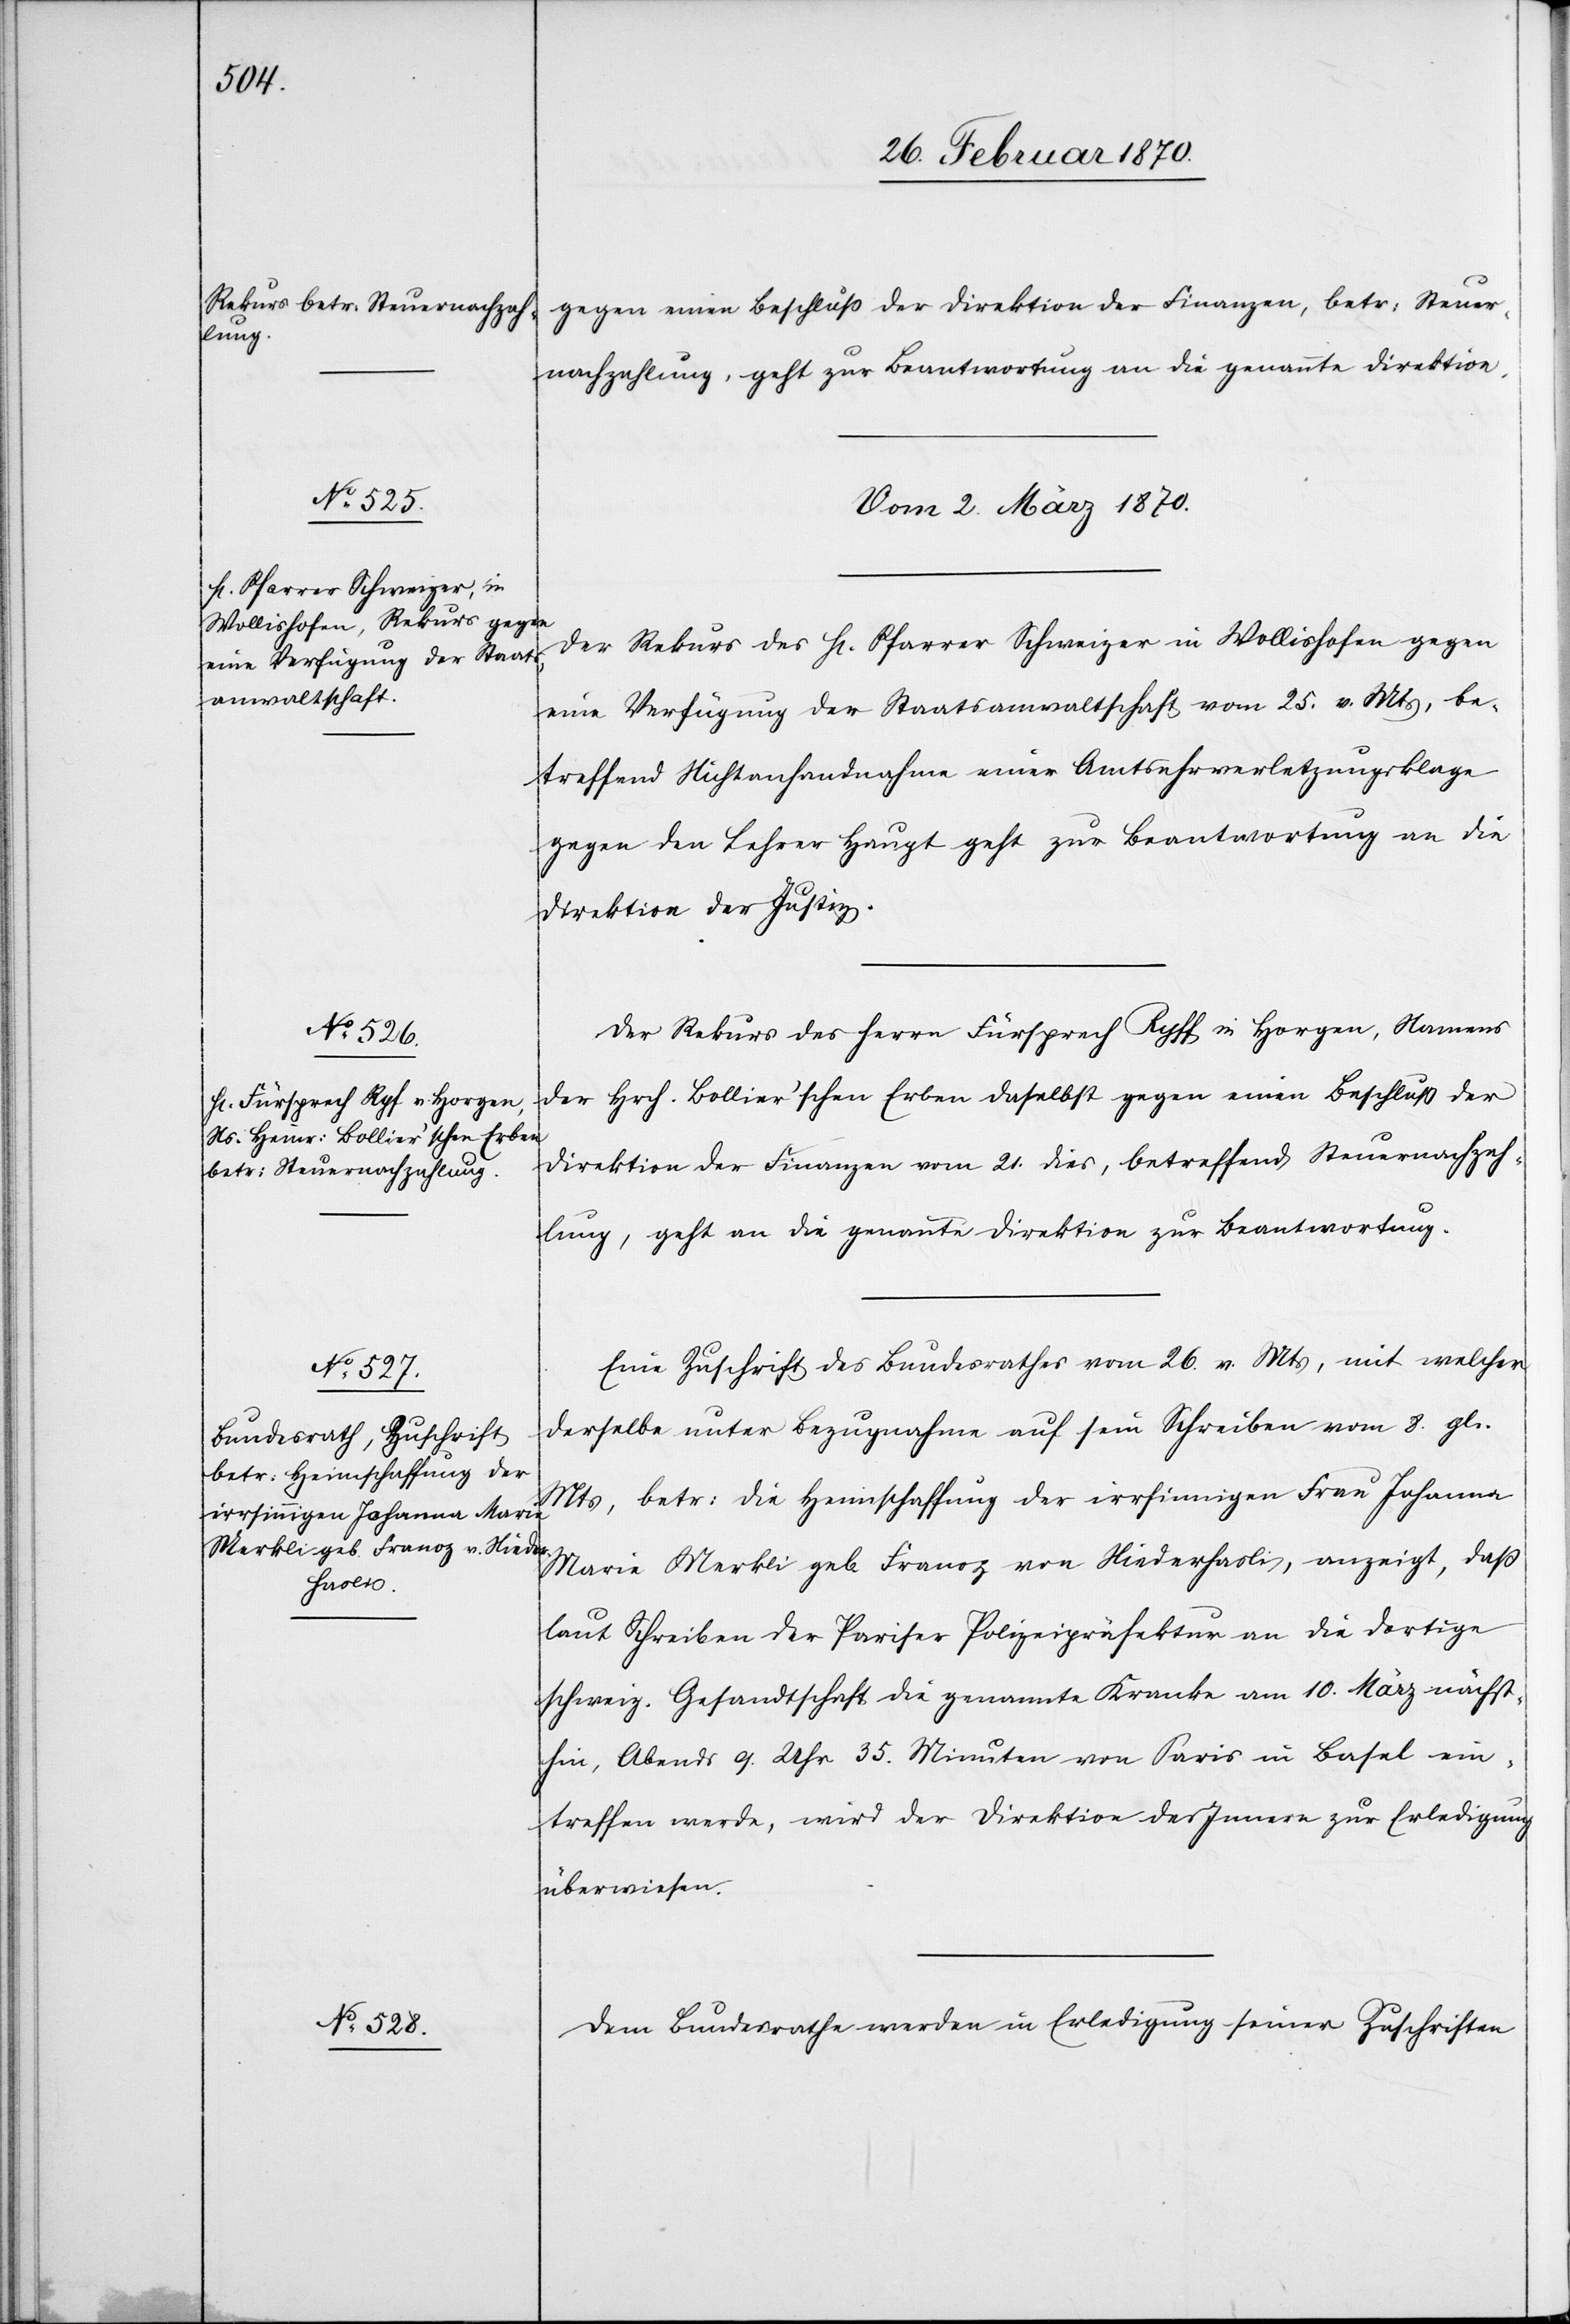
gegen einen Beschluß der Direktion der Finanzen, betr: Steuer¬
nachzahlung, geht zur Beantwortung an die genannte Direktion.
Vom 2. März 1870.]
Der Rekurs des H[errn] Pfarrer Schweizer in Wollishofen gegen
eine Verfügung der Staatsanwaltschaft vom 25. v. Mts, be¬
treffend Nichtanhandnahme einer Amtsehrverletzungsklage
gegen den Lehrer Haupt geht zur Beantwortung an die
Direktion der Justiz.
Der Rekurs des Herrn Fürsprech Ryff [sic!] in Horgen, Namens
der Hrch. Bollier’schen Erben daselbst gegen einen Beschluß der
Direktion der Finanzen vom 21. dies, betreffend Steuernachzah¬
lung, geht an die genannte Direktion zur Beantwortung.
Eine Zuschrift des Bundesrathes vom 26. v. Mts, mit welcher
derselbe unter Bezugnahme auf sein Schreiben vom 8. gl.
Mts, betr: die Heimschaffung der irrsinnigen Frau Johanna
Marie Merkli geb. Franoz von Niederhasli, anzeigt, daß
laut Schreiben der Pariser Polizeipräfektur an die dortige
schweiz. Gesandtschaft die genannte Kranke am 10. März nächst¬
hin, Abends 9. Uhr 35. Minuten von Paris in Basel ein¬
treffen werde, wird der Direktion des Innern zur Erledigung
überwiesen.
Dem Bundesrathe werden in Erledigung seiner Zuschriften